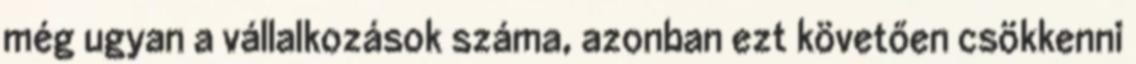
még ugyan a vállalkozások száma, azonban ezt követően csökkenni